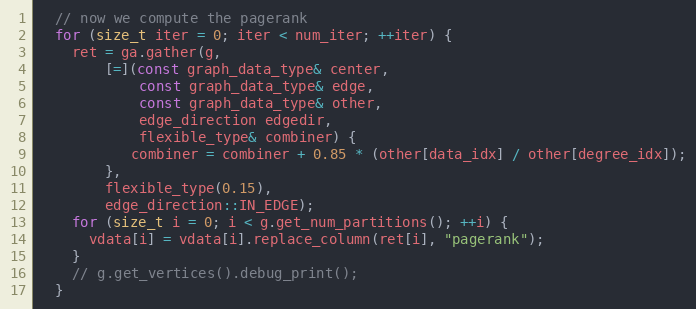
Language: C++
  // now we compute the pagerank
  for (size_t iter = 0; iter < num_iter; ++iter) {
    ret = ga.gather(g,
        [=](const graph_data_type& center,
            const graph_data_type& edge,
            const graph_data_type& other,
            edge_direction edgedir,
            flexible_type& combiner) {
           combiner = combiner + 0.85 * (other[data_idx] / other[degree_idx]);
        },
        flexible_type(0.15),
        edge_direction::IN_EDGE);
    for (size_t i = 0; i < g.get_num_partitions(); ++i) {
      vdata[i] = vdata[i].replace_column(ret[i], "pagerank");
    }
    // g.get_vertices().debug_print();
  }